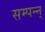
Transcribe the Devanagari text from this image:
सम्पन्न्